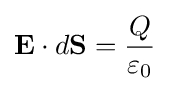
\mathbf {E} \cdot d\mathbf {S} ={\frac {Q}{\varepsilon _{0}}}\,\!